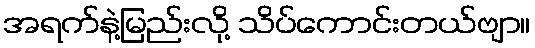
အရက်နဲ့မြည်းလို့ သိပ်ကောင်းတယ်ဗျာ။